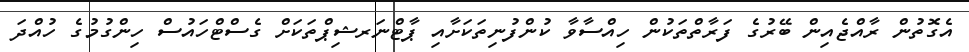
އެގޮތުން ރާއްޖެއިން ބޭރުގެ ފަރާތްތަކުން ހިއްސާވާ ކުންފުނިތަކަށާއި ޕާޓްނަރޝިޕްތަކަށް ގެސްޓްހައުސް ހިންގުމުގެ ހުއްދަ